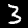
Label: 3